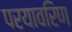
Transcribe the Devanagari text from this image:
परयावरिण